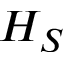
H _ { S }